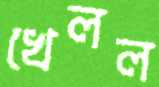
খেলল